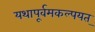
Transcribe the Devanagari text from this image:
यथापूर्वमकल्पयत्